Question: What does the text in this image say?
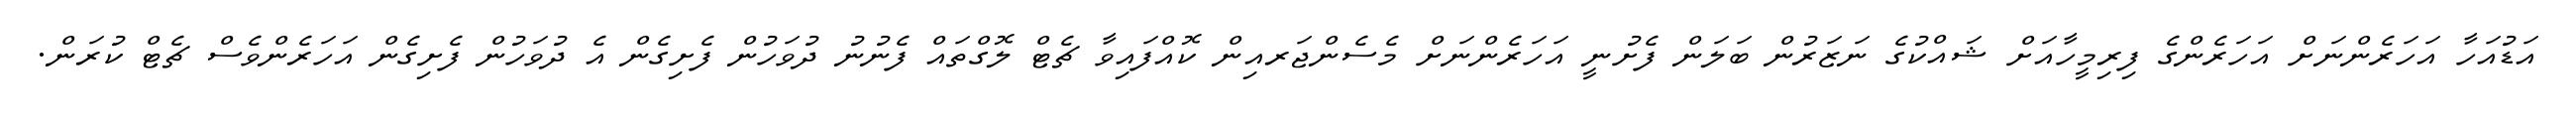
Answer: އަޑުއަހާ އަހަރެންނަށް އަހަރެންގެ ފިރިމީހާއަށް ޝައްކުގެ ނަޒަރުން ބަލަން ފެށުނީ އަހަރެންނަށް މެސެންޖަރއިން ކޮއްފައިވާ ޗެޓް ލޮގްތައް ފެނުނު ދުވަހުން ފެށިގެން އެ ދުވަހުން ފެށިގެން އަހަރެންވެސް ޗެޓް ކުރަން.